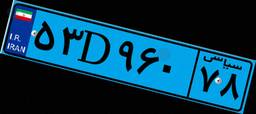
۵۳D۹۶۰۷۸